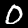
Label: 0